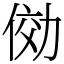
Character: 俲